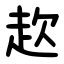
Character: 赼